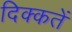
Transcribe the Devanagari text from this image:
दिक्‍कतें